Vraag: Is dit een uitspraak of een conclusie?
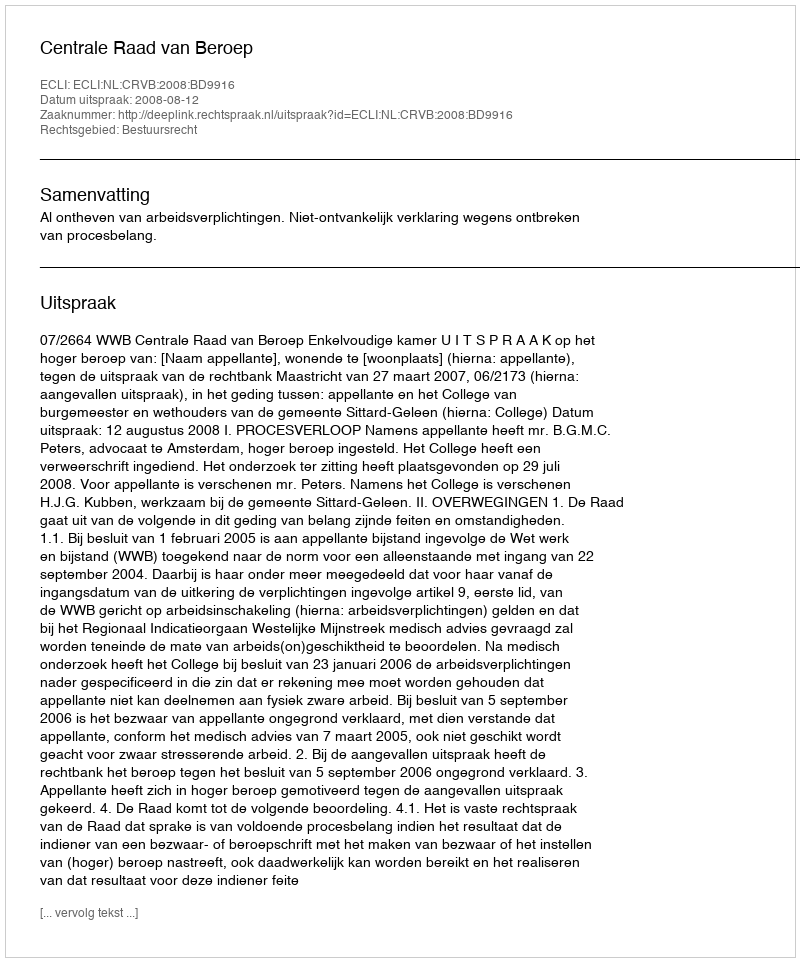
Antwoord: Uitspraak